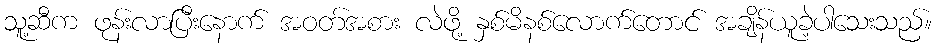
သူ့ဆီက ဖုန်းလာပြီးနောက် အဝတ်အစား လဲဖို့ နှစ်မိနစ်လောက်တောင် အချိန်ယူခဲ့ပါသေးသည်။